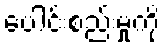
ပေါင်းစည်းမှုကို